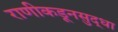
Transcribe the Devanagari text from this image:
राणीकडूनसुद्धा